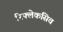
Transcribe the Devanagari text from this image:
रिफ्लेकसिव